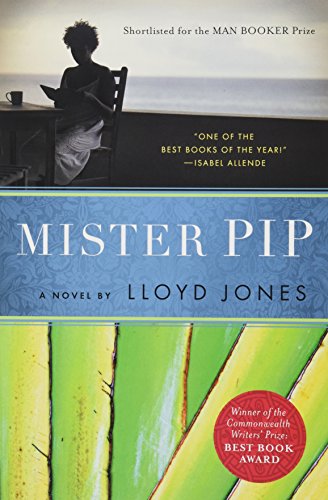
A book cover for Mister Pip; Lloyd Jones; Literature & Fiction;